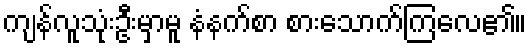
ကျန်လူသုံးဦးမှာမူ နံနက်စာ စားသောက်ကြလေ၏။